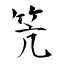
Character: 笐